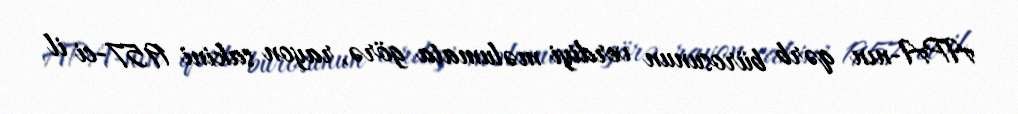
APA-nın qərb bürosunun verdiyi məlumata görə, rayon sakini 1957-ci il